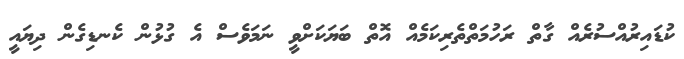
ކުޑައިރުއްސުރެއް ގާތް ރަހުމަތްތެރިކަމެއް އޮތް ބަޔަކަށްވީ ނަމަވެސް އެ ގުޅުން ކެނޑިގެން ދިޔައީ